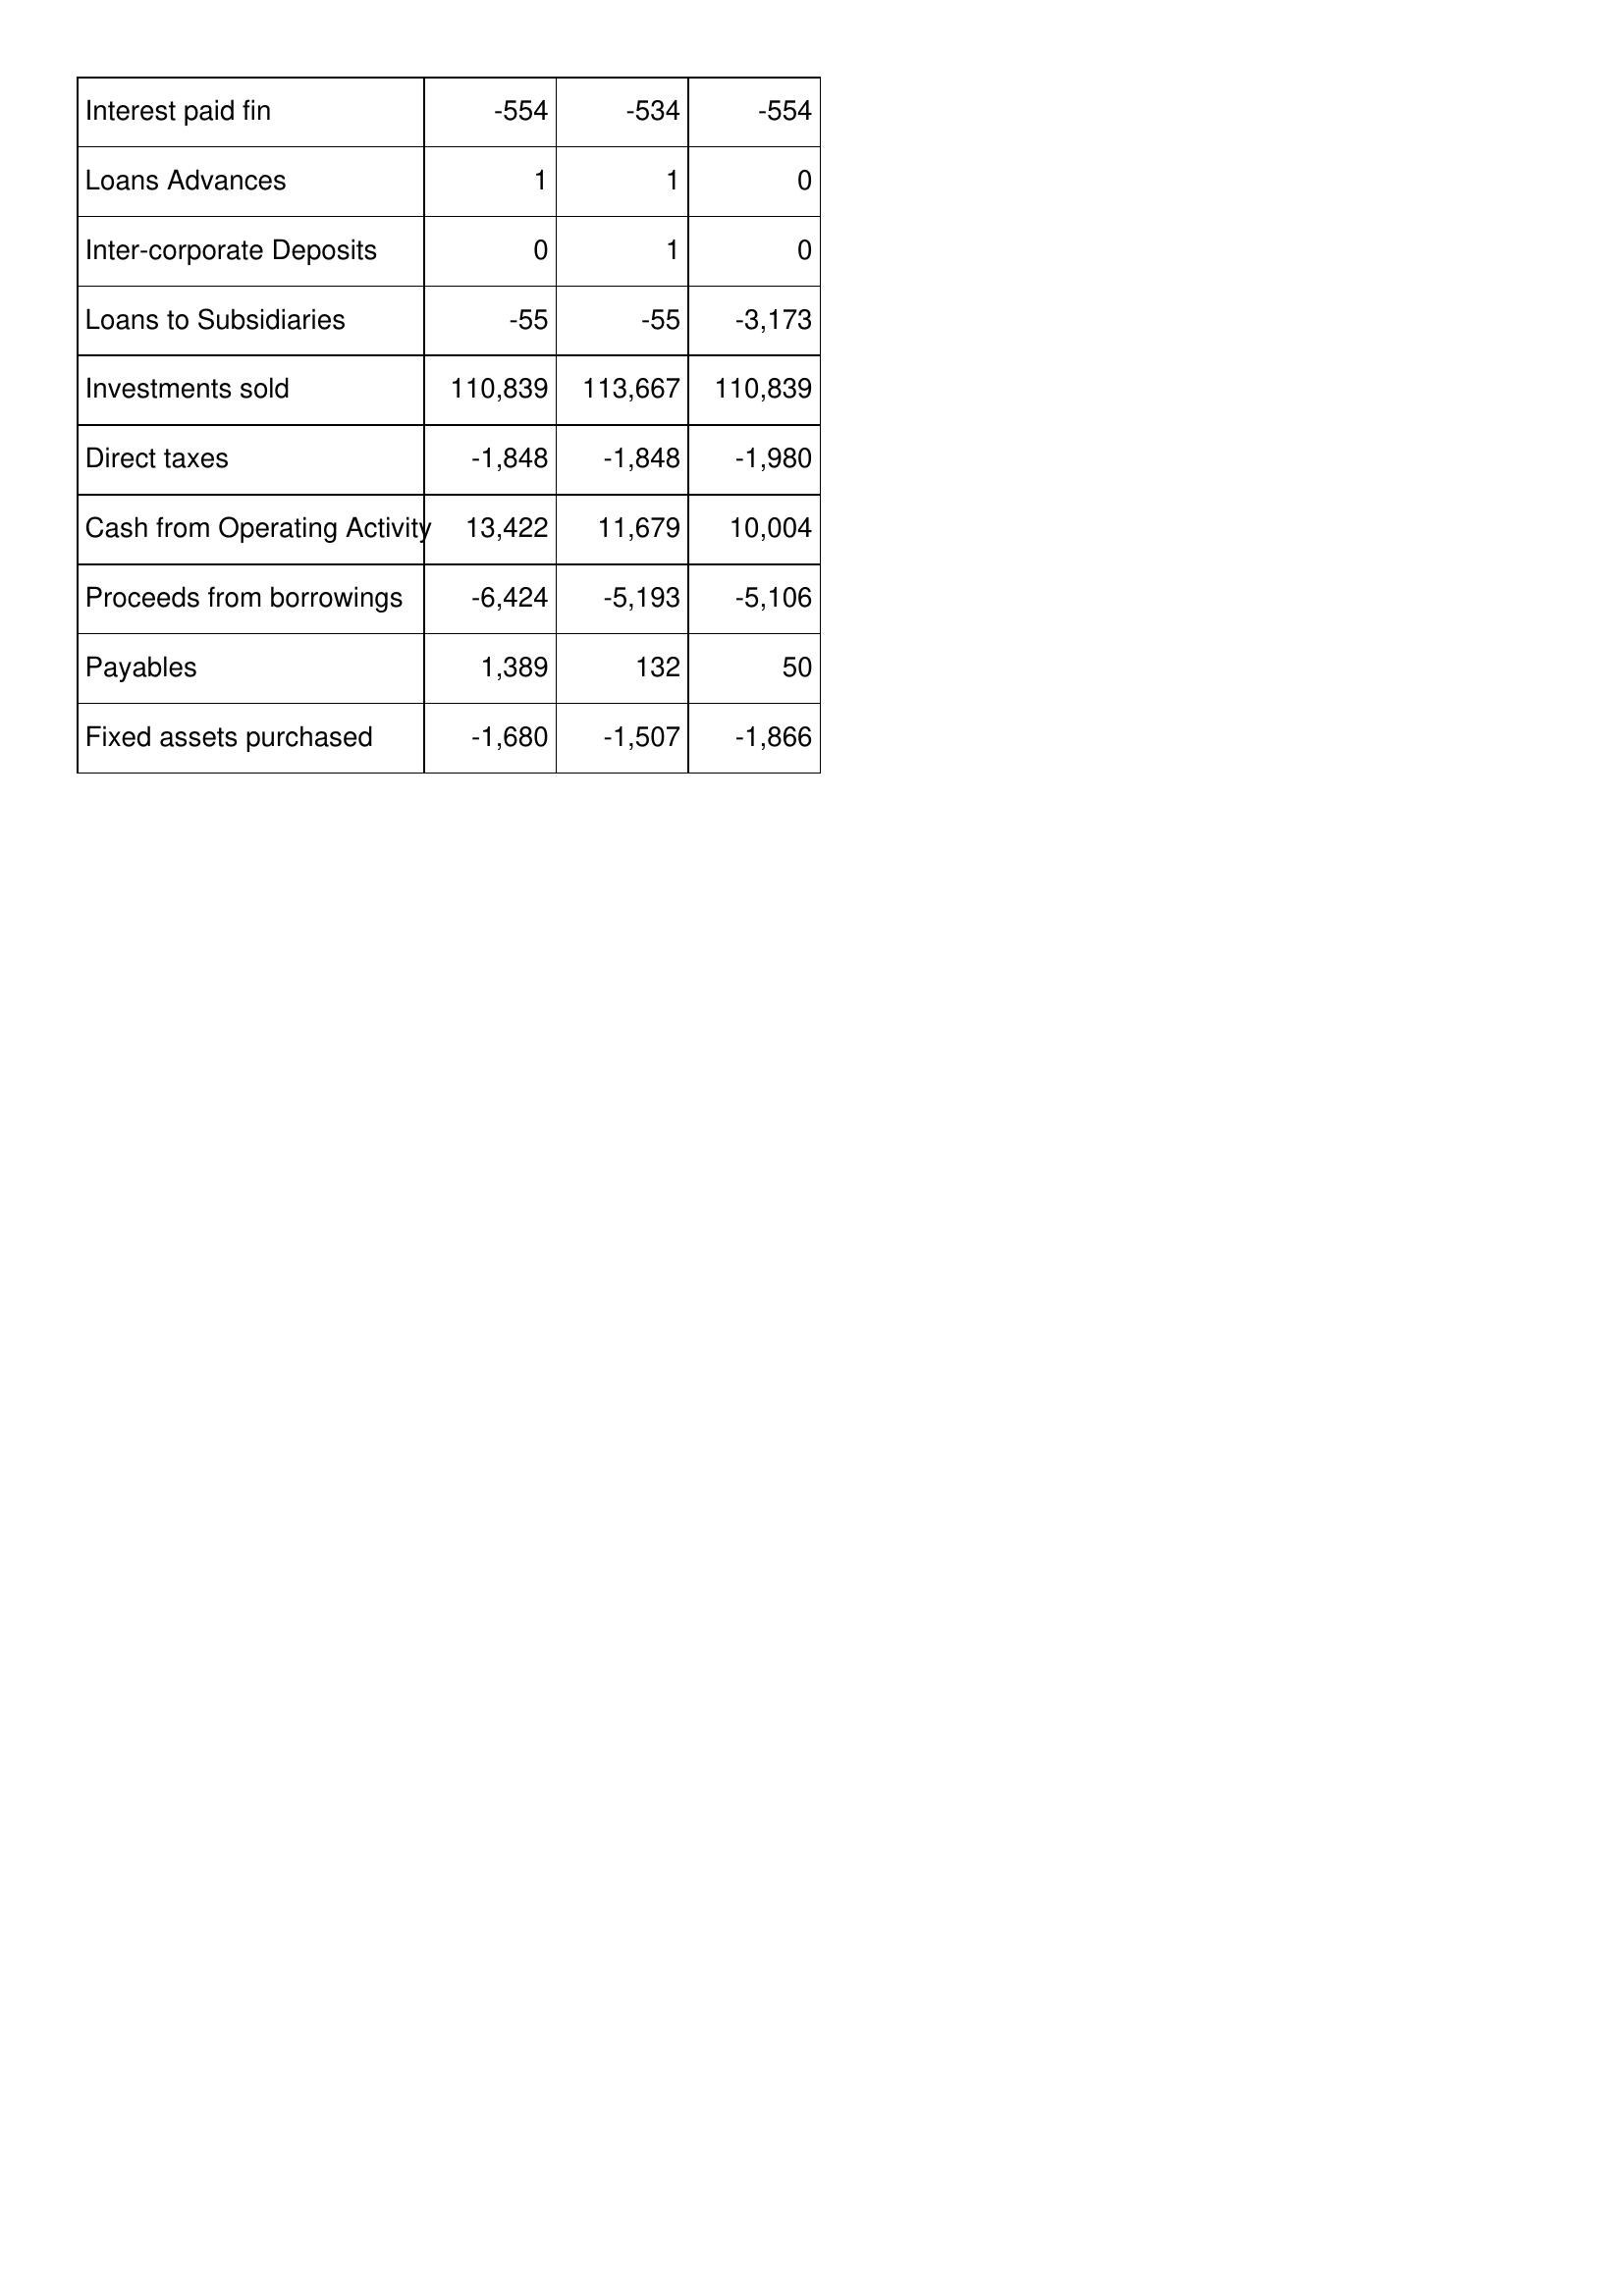
Mar-94: Cash Flows: Interest paid fin: -554
Loans Advances: 1
Inter-corporate Deposits: 0
Loans to Subsidiaries: -55
Investments sold: 110,839
Direct taxes: -1,848
Cash from Operating Activity: 13,422
Proceeds from borrowings: -6,424
Payables: 1,389
Fixed assets purchased: -1,680
Mar-93: Cash Flows: Interest paid fin: -534
Loans Advances: 1
Inter-corporate Deposits: 1
Loans to Subsidiaries: -55
Investments sold: 113,667
Direct taxes: -1,848
Cash from Operating Activity: 11,679
Proceeds from borrowings: -5,193
Payables: 132
Fixed assets purchased: -1,507
Mar-92: Cash Flows: Interest paid fin: -554
Loans Advances: 0
Inter-corporate Deposits: 0
Loans to Subsidiaries: -3,173
Investments sold: 110,839
Direct taxes: -1,980
Cash from Operating Activity: 10,004
Proceeds from borrowings: -5,106
Payables: 50
Fixed assets purchased: -1,866